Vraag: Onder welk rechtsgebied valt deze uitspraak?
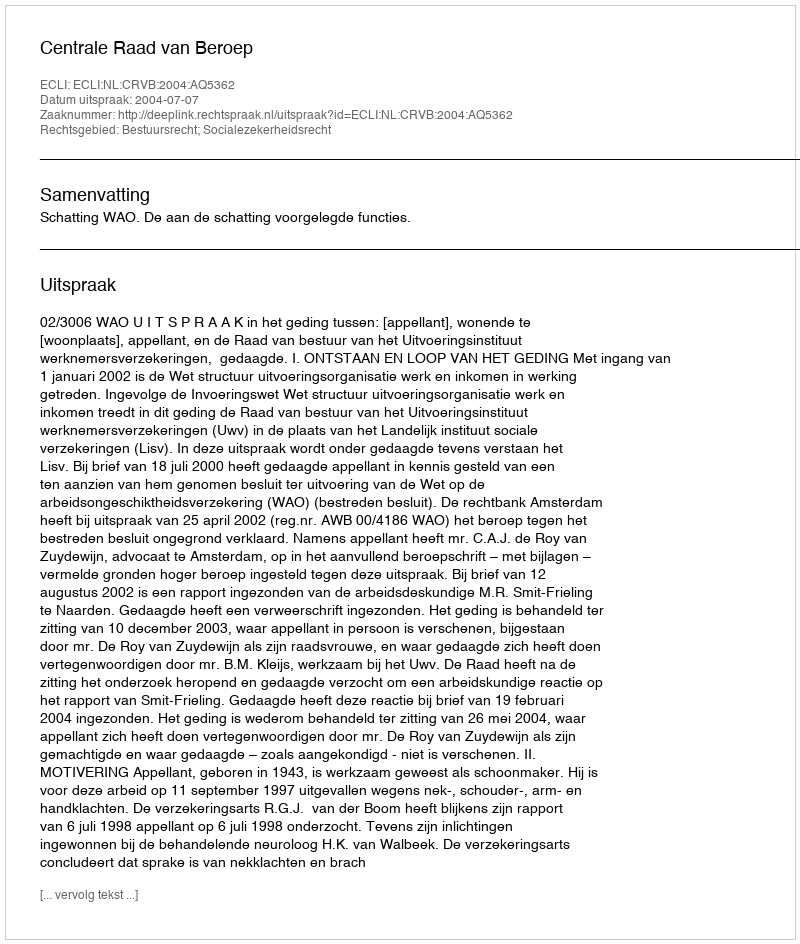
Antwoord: Bestuursrecht; Socialezekerheidsrecht